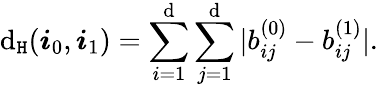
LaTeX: \mathrm{d}_{\mathtt{{H}}}(\boldsymbol{i}_{0},\boldsymbol{i}_{1})=\sum_{i=1}^{\mathrm{d}}\sum_{j=1}^{\mathrm{d}}|b_{ij}^{(0)}-b_{ij}^{(1)}|.